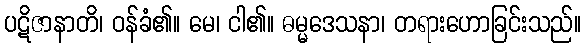
ပဋိဇာနာတိ၊ ဝန်ခံ၏။ မေ၊ ငါ၏။ ဓမ္မဒေသနာ၊ တရားဟောခြင်းသည်။